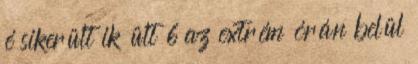
é sikerült ik ült 6 az extrém órán belül